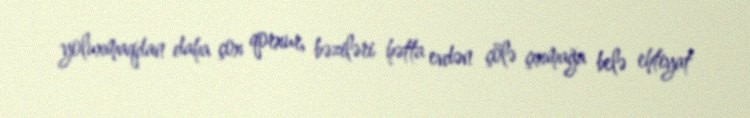
yoluxmaqdan daha çox qorxur, bəziləri hətta evdən çölə çıxmağa belə ehtiyat